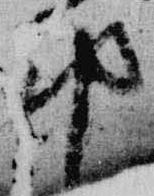
邦